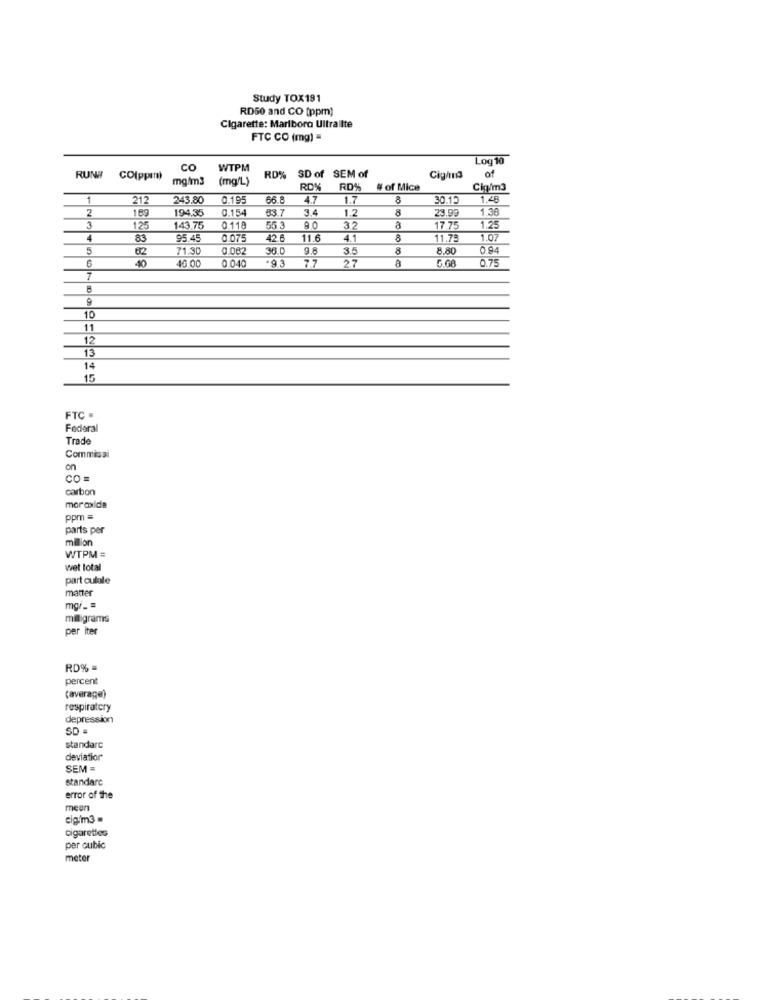
Study TOX191
RD50 and CO (ppm)
Cigarette: Marlboro Ultralite
FTC CO (mg) =
Loq10
co
WTPM
SD of SEM of
of
RUNE
CO(pper)
mg/m3
(mg/L
RD%
Cig/mna
RD%
RD%
# of Mice
Cig/m3
1
212
243.80
0.195
66.8
4.7
1.7
8
30.15
1.48
2
194.35
0.154
33.7
3.4
1.2
8
1.38
169
3.99
1.25
125
143.75
0 118
55 3
8.0
32
17.75
4
83
95.45
0.075
42.6
11.6
4.1
8
1.07
5
62
71.3
0.082
36.0
3.5
8
8.80
0.94
40
0 040
*93
8
5.GA
0.7
7.7
2.7
7
10
11
12
13
14
15
FTC .
Federal
Trade
Commissi
on
CO =
carbon
moraxica
ppm =
parts per
milion
WTPM =
wet total
part culale
matter
mgr_ =
milligrams
per iter
RD% =
percent
(average)
respiratory
depression
SD =
standarc
deviatior
SEM =
standarc
error of the
mean
cig/m3
Cigarettes
per cubic
meter